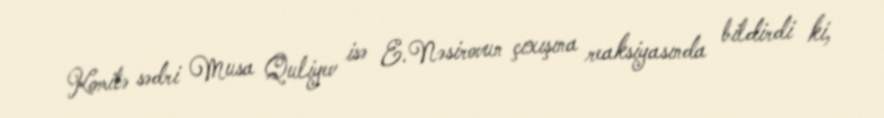
Komitə sədri Musa Quliyev isə E.Nəsirovun çıxışına reaksiyasında bildirdi ki,